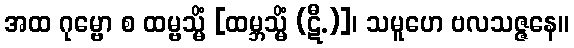
အထ ဂုမ္ဗော စ ထမ္ဗသ္မိံ [ထမ္ဘသ္မိံ (ဋီ.)]၊ သမူဟေ ဗလသဇ္ဇနေ။